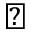
\blacktriangledown